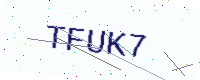
Text: TFUK7